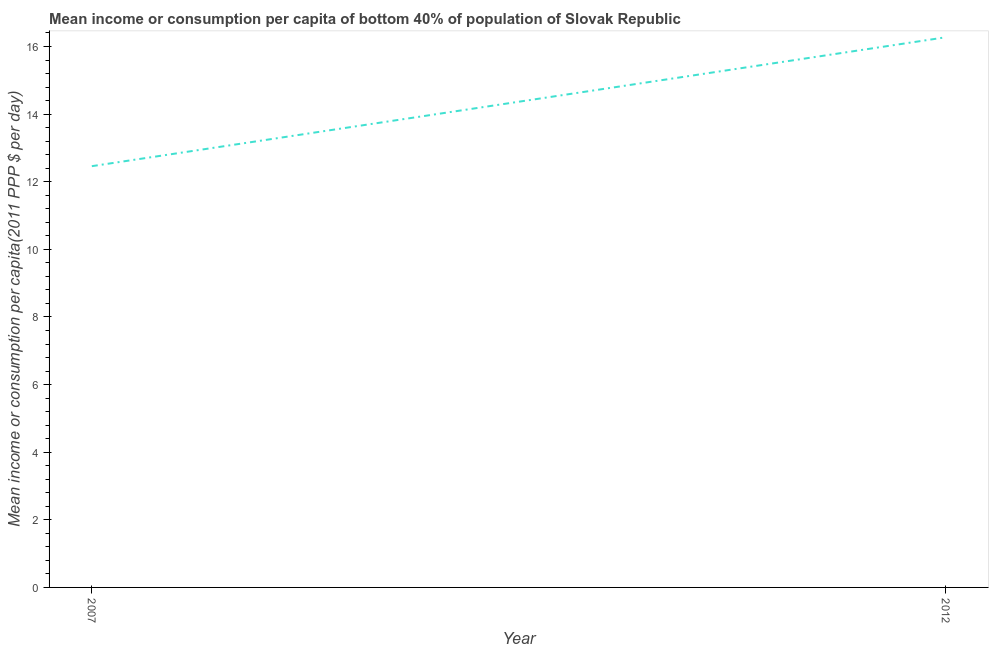
| Year | Bottom 40percent |
 | --- | --- |
 | 2007 | 12.5 |
 | 2012 | 16.3 |